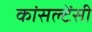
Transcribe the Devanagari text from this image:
कांसल्टेंसी